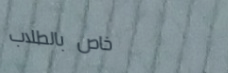
خاص بالطلاب